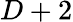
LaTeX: D+2